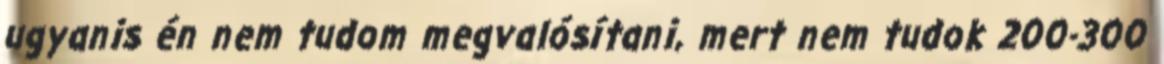
ugyanis én nem tudom megvalósítani, mert nem tudok 200-300